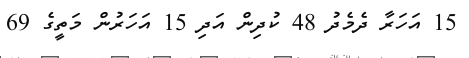
15 އަހަރާ ދެމެދު 48 ކުދިން އަދި 15 އަހަރުން މަތީގެ 69